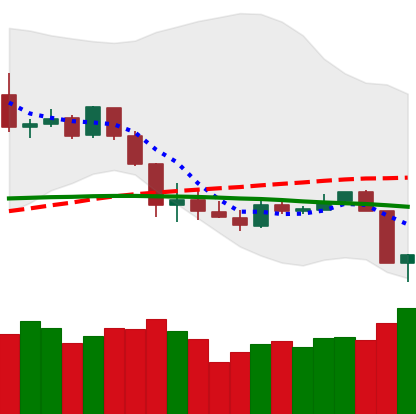
Ticker: XLM-USD
Chart end date: 2020-03-09
Forward return: -28.164%
Label: down_7plus